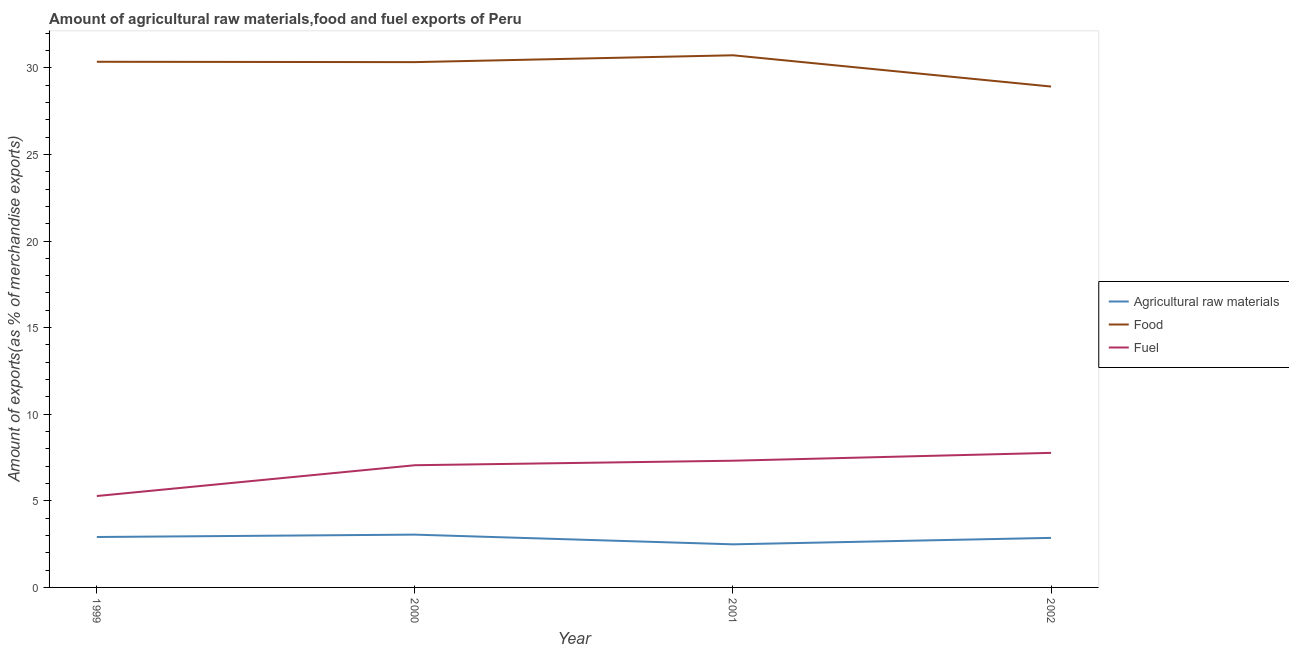
| Year | Agricultural raw materials | Food | Fuel |
 | --- | --- | --- | --- |
 | 1999 | 2.91 | 30.3 | 5.28 |
 | 2000 | 3.05 | 30.3 | 7.06 |
 | 2001 | 2.49 | 30.7 | 7.32 |
 | 2002 | 2.86 | 28.9 | 7.77 |